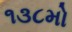
૧૩૮મો